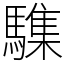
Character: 䮶